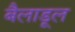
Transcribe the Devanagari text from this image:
बैलाडूल